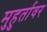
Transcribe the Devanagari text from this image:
मुहुर्तावर